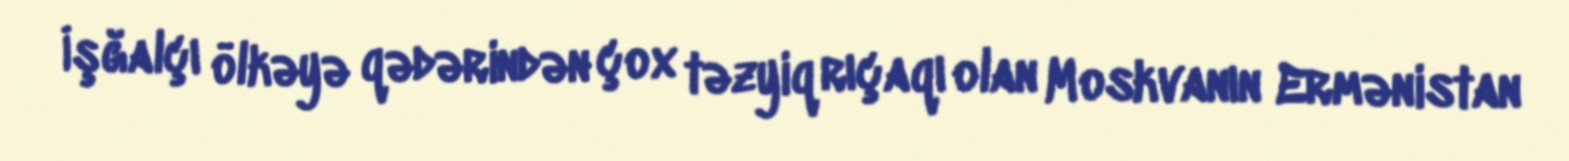
İşğalçı ölkəyə qədərindən çox təzyiq rıçaqı olan Moskvanın Ermənistan